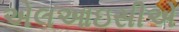
એલઆઇસીએ